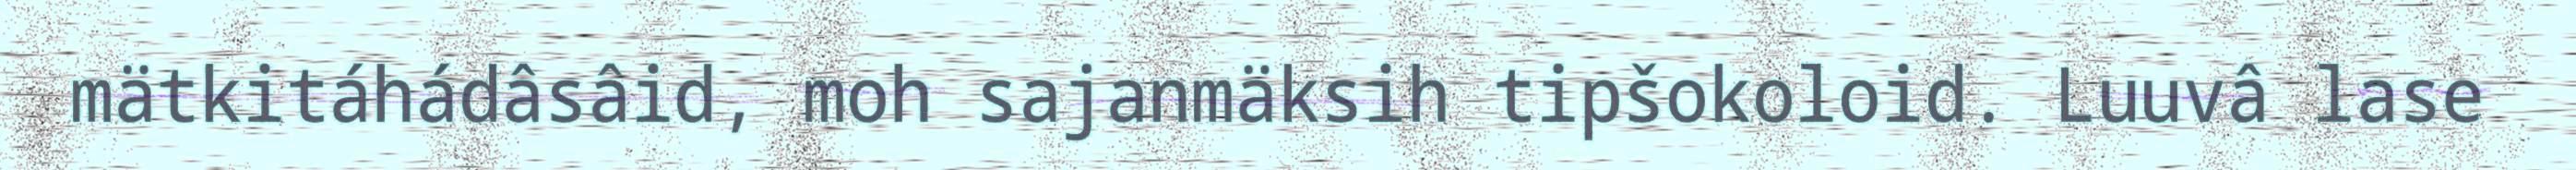
mätkitáhádâsâid, moh sajanmäksih tipšokoloid. Luuvâ lase